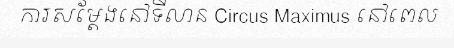
ការសម្តែងនៅទីលាន Circus Maximus នៅពេល